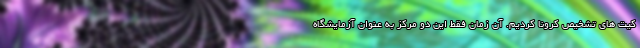
کیت های تشخیص کرونا کردیم. آن زمان فقط این دو مرکز به عنوان آزمایشگاه